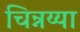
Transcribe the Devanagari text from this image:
चिन्नय्या